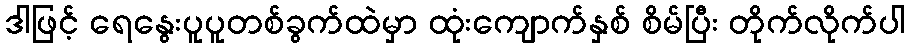
ဒါဖြင့် ရေနွေးပူပူတစ်ခွက်ထဲမှာ ထုံးကျောက်နှစ် စိမ်ပြီး တိုက်လိုက်ပါ